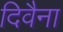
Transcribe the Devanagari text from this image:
दिवैना